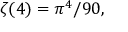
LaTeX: \zeta ( 4 ) = \pi ^ { 4 } / 9 0 ,